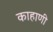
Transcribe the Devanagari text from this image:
काहाणी